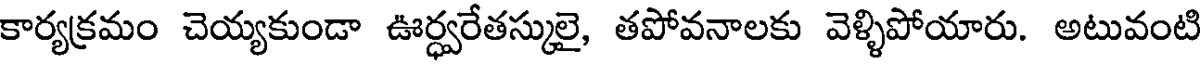
కార్యక్రమం చెయ్యకుండా ఊర్ధ్వరేతస్కులై, తపోవనాలకు వెళ్ళిపోయారు. అటువంటి